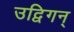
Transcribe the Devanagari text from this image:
उद्विगन्